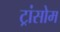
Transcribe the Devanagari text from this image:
ट्रांसोम